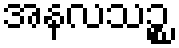
အနလသဉ္စ